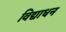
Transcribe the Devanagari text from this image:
विद्याधन